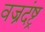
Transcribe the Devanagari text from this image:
वज्रदंष्ट्र